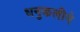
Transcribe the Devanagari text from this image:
धनुकलीने